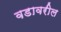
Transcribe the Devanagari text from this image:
वडावरील